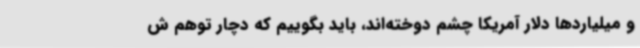
و میلیاردها دلار آمریکا چشم دوخته‌اند، باید بگوییم که دچار توهم ش